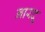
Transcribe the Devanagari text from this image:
नारदू